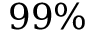
9 9 \%